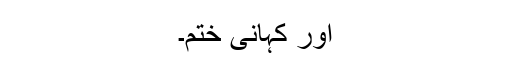
اور کہانی ختم۔